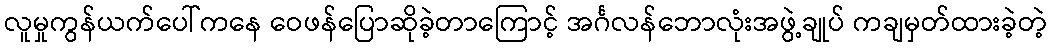
လူမှုကွန်ယက်ပေါ်ကနေ ဝေဖန်ပြောဆိုခဲ့တာကြောင့် အင်္ဂလန်ဘောလုံးအဖွဲ့ချုပ် ကချမှတ်ထားခဲ့တဲ့